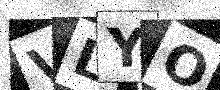
Text: VLYO